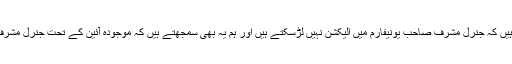
بے نظیر: جی ہم سمجھتے ہیں کہ جنرل مشرف صاحب یونیفارم میں الیکشن نہیں لڑسکتے ہیں اور ہم یہ بھی سمجھتے ہیں کہ موجودہ آئین کے تحت جنرل مشرف الیکشن نہیں لڑسکتے ہیں۔